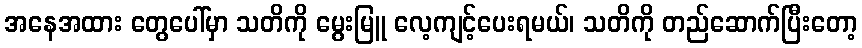
အနေအထား တွေပေါ်မှာ သတိကို မွေးမြူ လေ့ကျင့်ပေးရမယ်၊ သတိကို တည်ဆောက်ပြီးတော့